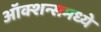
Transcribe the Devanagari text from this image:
ऑक्शन्समध्ये